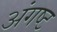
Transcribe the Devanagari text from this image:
अंगष्ट